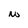
Character: U